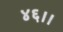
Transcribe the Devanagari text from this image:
४६।।